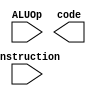
module ALUControl (ALUOp, instruction, code);

    input [1:0] ALUOp;
    input [10:0] instruction;
    output reg [3:0] code;

    always @ (ALUOp, instruction) begin

        casex(ALUOp)
        
            2'b00: out = 4'b0010;
            2'bx1: out = 4'b0111;
            2'b1x: 
                casex(instruction)

                    11'b10001011000: out = 4'b0010;
                    11'b11001011000: out = 4'b0110;
                    11'b10001010000: out = 4'b0000;
                    11'b10101010000: out = 4'b0001;
                
                endcase
		default: out = 4'bz;
        endcase
	

    end

endmodule